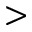
>